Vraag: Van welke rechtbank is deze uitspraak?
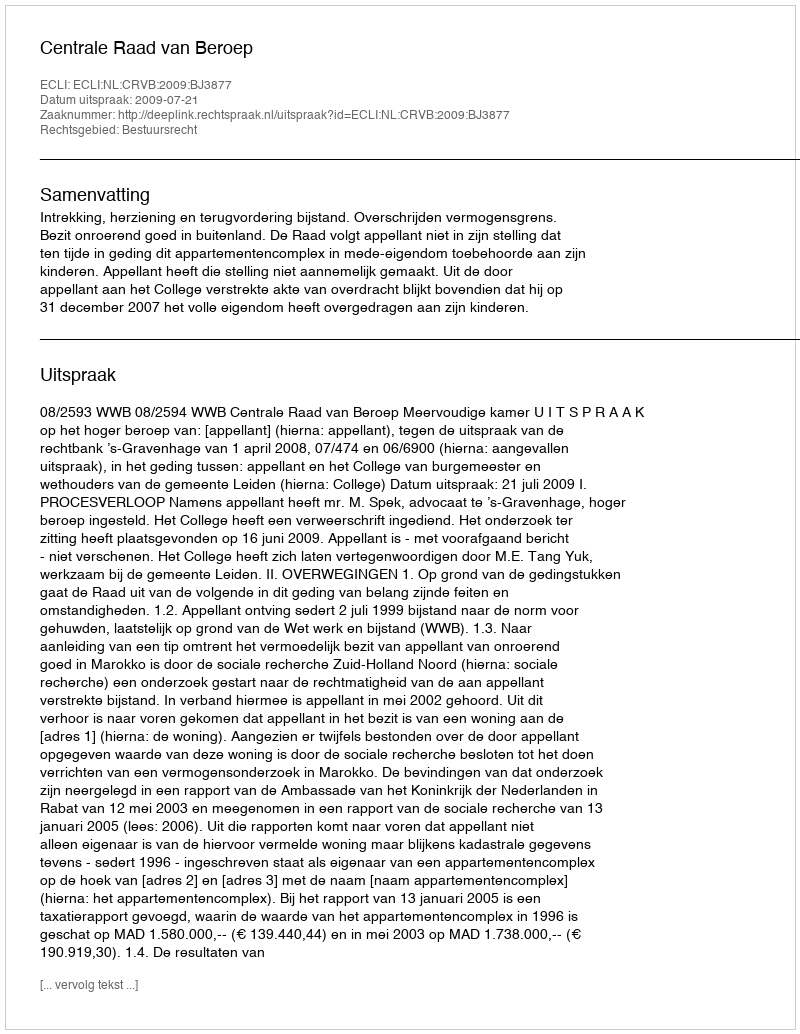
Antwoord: Centrale Raad van Beroep